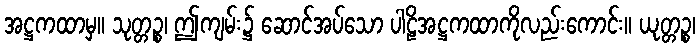
အဋ္ဌကထာမှ။ သုတ္တဉ္စ၊ ဤကျမ်း၌ ဆောင်အပ်သော ပါဠိအဋ္ဌကထာကိုလည်းကောင်း။ ယုတ္တဉ္စ၊